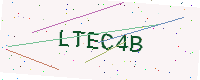
Text: LTEC4B